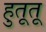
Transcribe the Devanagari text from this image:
हुतूतू